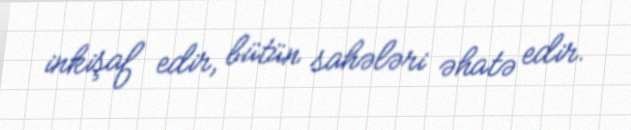
inkişaf edir, bütün sahələri əhatə edir.